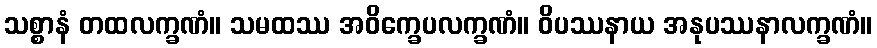
သစ္စာနံ တထလက္ခဏံ။ သမထဿ အဝိက္ခေပလက္ခဏံ။ ဝိပဿနာယ အနုပဿနာလက္ခဏံ။